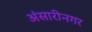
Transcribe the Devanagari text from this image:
अंसारीनगर